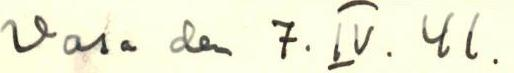
Vasa den 7.IV.41.